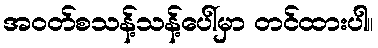
အဝတ်စသန့်သန့်ပေါ်မှာ တင်ထားပါ။